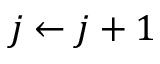
j \leftarrow j + 1